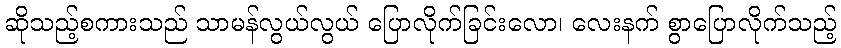
ဆိုသည့်စကားသည် သာမန်လွယ်လွယ် ပြောလိုက်ခြင်းလော၊ လေးနက် စွာပြောလိုက်သည့်